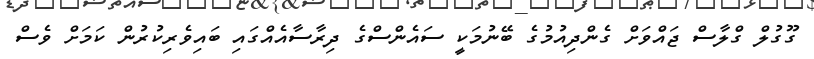
ގޫގުލް ގްލާސް ޖައްވަށް ގެންދިއުމުގެ ބޭނުމަކީ ސައެންސްގެ ދިރާސާއެއްގައި ބައިވެރިކުރުން ކަމަށް ވެސް